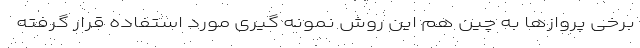
برخی پروازها به چین هم این روش نمونه گیری مورد استفاده قرار گرفته